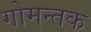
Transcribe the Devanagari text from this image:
गोमन्तक